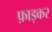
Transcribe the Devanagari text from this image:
फ़ाड़कर